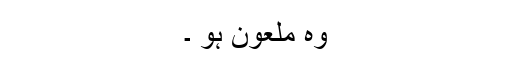
وہ ملعون ہو ۔